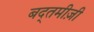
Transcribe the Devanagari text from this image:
बद्तमीज़ी